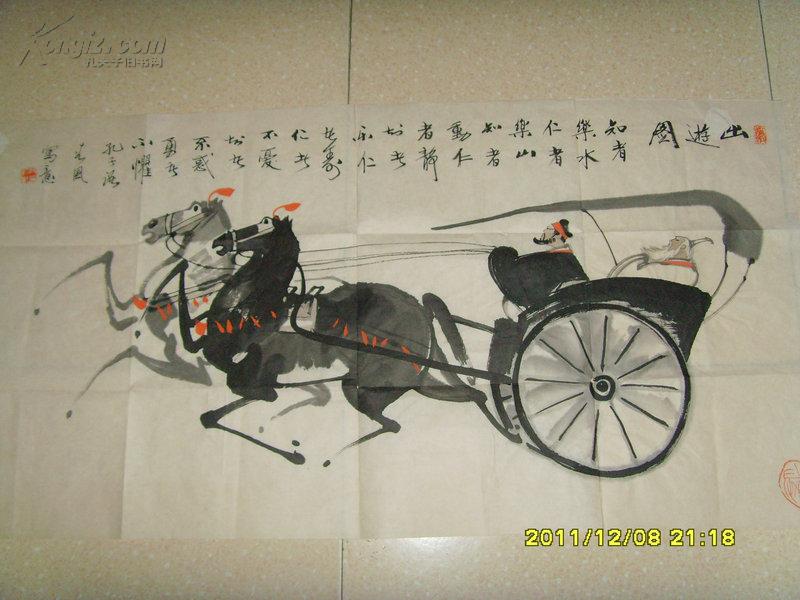
知者乐水，仁者乐山。知者动，仁者静。知者乐，仁者寿。